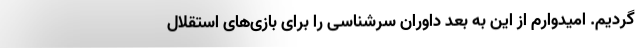
گردیم. امیدوارم از این به بعد داوران سرشناسی را برای بازی‌های استقلال